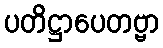
ပတိဋ္ဌာပေတဗ္ဗာ